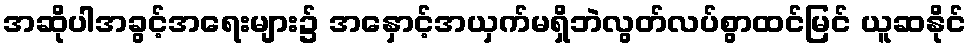
အဆိုပါအခွင့်အရေးများ၌ အနှောင့်အယှက်မရှိဘဲလွတ်လပ်စွာထင်မြင် ယူဆနိုင်